Indian journal of veterinary science and animal husbandry - Volume 11,
Year: 1941
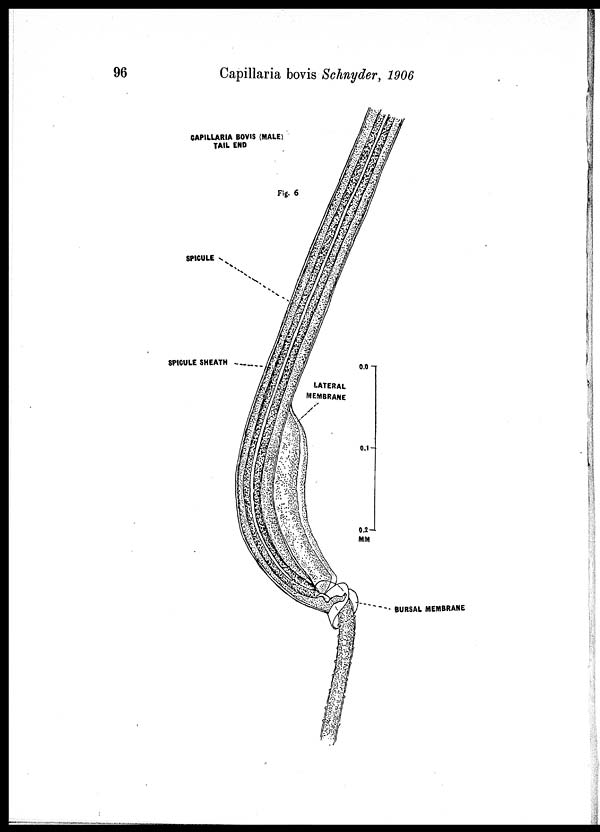
96
Capillaria bovis Schnyder, 1906